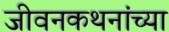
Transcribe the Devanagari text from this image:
जीवनकथनांच्या